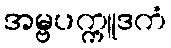
အမ္ဗပက္ကူဒကံ